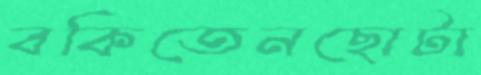
বকিতেনছোটা